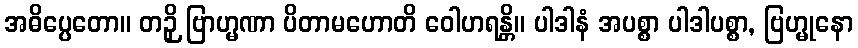
အဓိပ္ပေတော။ တဉှိ ဗြာဟ္မဏာ ပိတာမဟောတိ ဝေါဟရန္တိ။ ပါဒါနံ အပစ္စာ ပါဒါပစ္စာ, ဗြဟ္မုနော